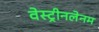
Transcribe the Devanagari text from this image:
वेस्ट्रीनलेनम